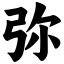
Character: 弥